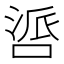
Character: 𪡤